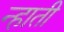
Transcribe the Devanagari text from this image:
न्हाती